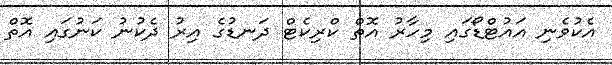
އެކުވެނި އައުޓްޑޯގައި މިހާރު އޮތް ކްރިކެޓް ދަނޑުގެ އިރު ދެކުނު ކަނުގައި އޮތް